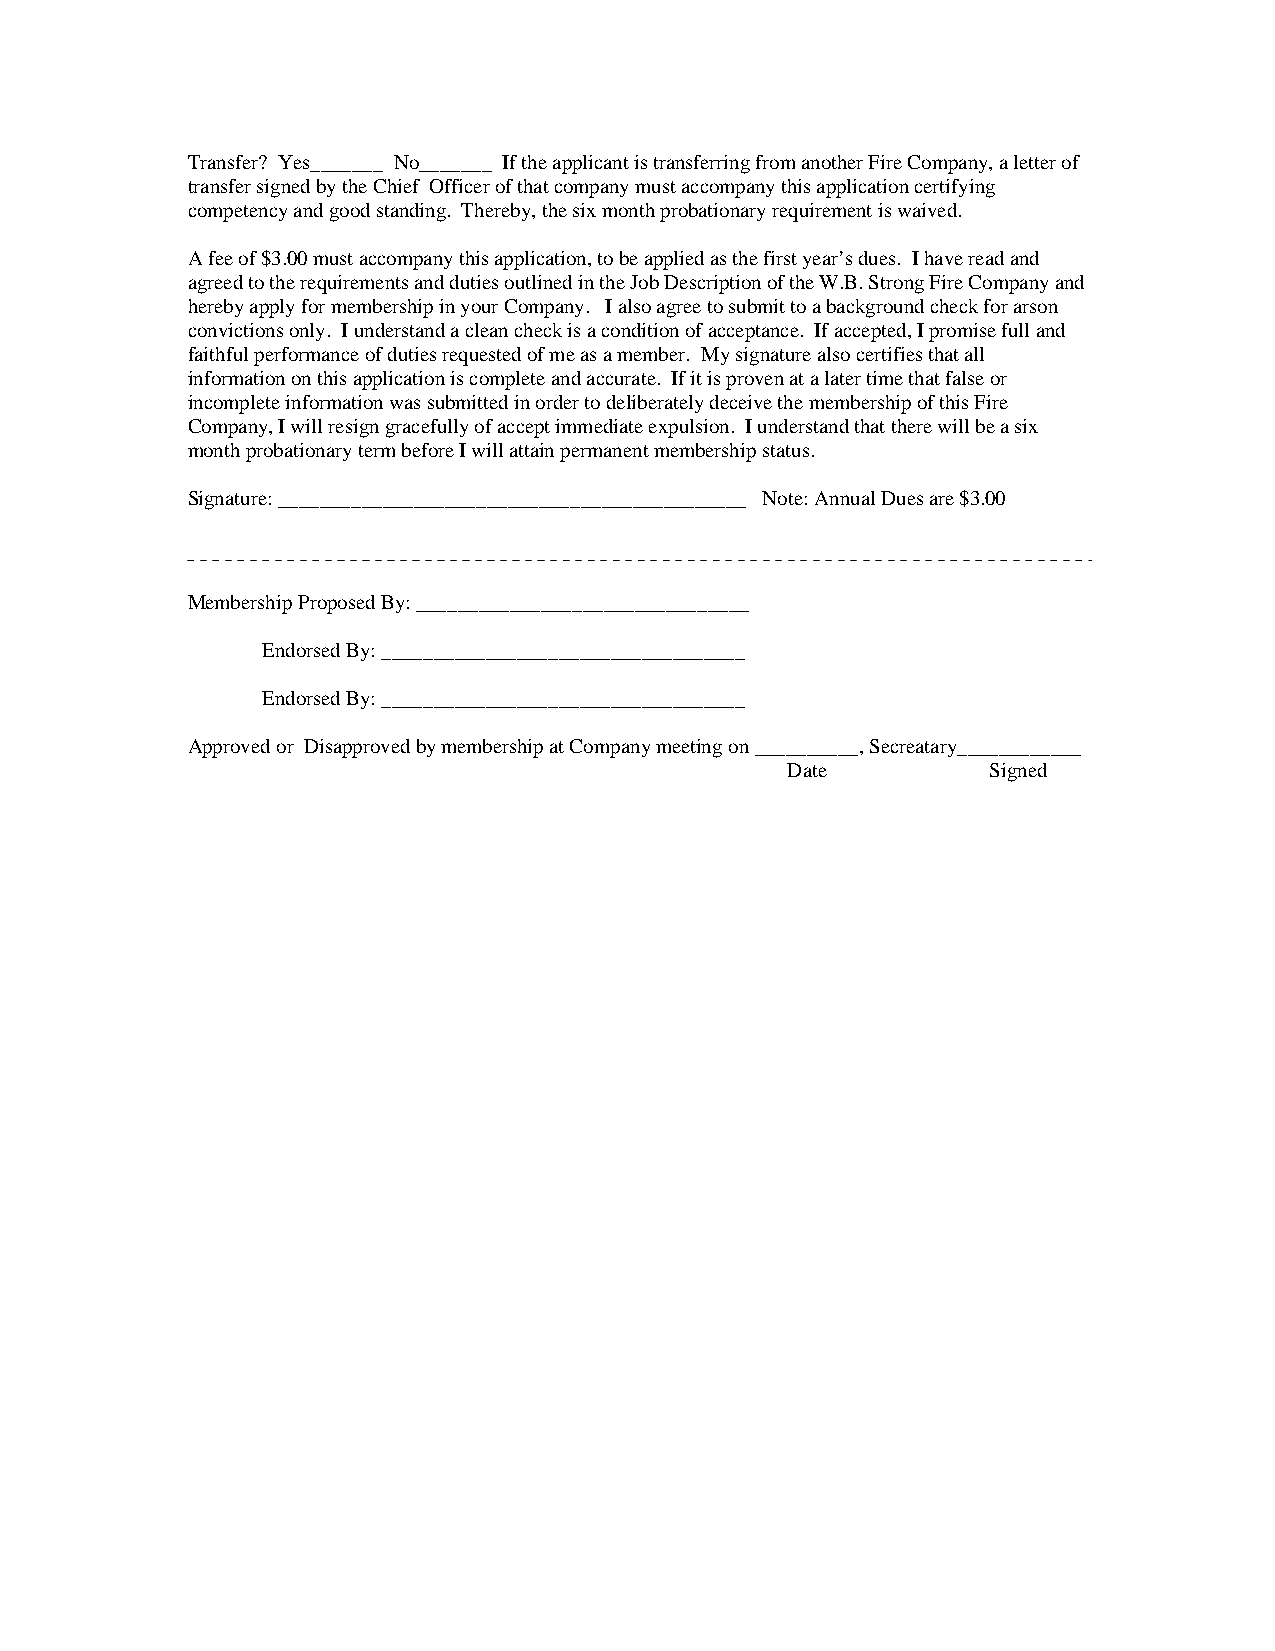
Transfer? Yes_______ No_______ If the applicant is transferring from another Fire Company, a letter of
 transfer signed by the Chief Officer of that company must accompany this application certifying
 competency and good standing. Thereby, the six month probationary requirement is waived.
 A fee of $3.00 must accompany this application, to be applied as the first year’s dues. I have read and
 agreed to the requirements and duties outlined in the Job Description of the W.B. Strong Fire Company and
 hereby apply for membership in your Company. I also agree to submit to a background check for arson
 convictions only. I understand a clean check is a condition of acceptance. If accepted, I promise full and
 faithful performance of duties requested of me as a member. My signature also certifies that all
 information on this application is complete and accurate. If it is proven at a later time that false or
 incomplete information was submitted in order to deliberately deceive the membership of this Fire
 Company, I will resign gracefully of accept immediate expulsion. I understand that there will be a six
 month probationary term before I will attain permanent membership status.
 Signature: _____________________________________________ Note: Annual Dues are $3.00
 Membership Proposed By: ________________________________
 Endorsed By: ___________________________________
 Endorsed By: ___________________________________
 Approved or Disapproved by membership at Company meeting on __________, Secreatary____________
 Date          Signed